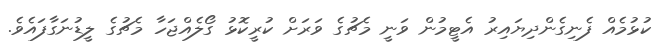
ކުޅުމެއް ފެނިގެންދިޔައިރު އެޓީމުން ވަނީ މެޗުގެ ވަރަށް ކުރީކޮޅު ގޯލެއްޖަހާ މެޗުގެ ލީޑުނަގާފައެވެ.